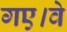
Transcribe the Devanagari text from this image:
गए।वे